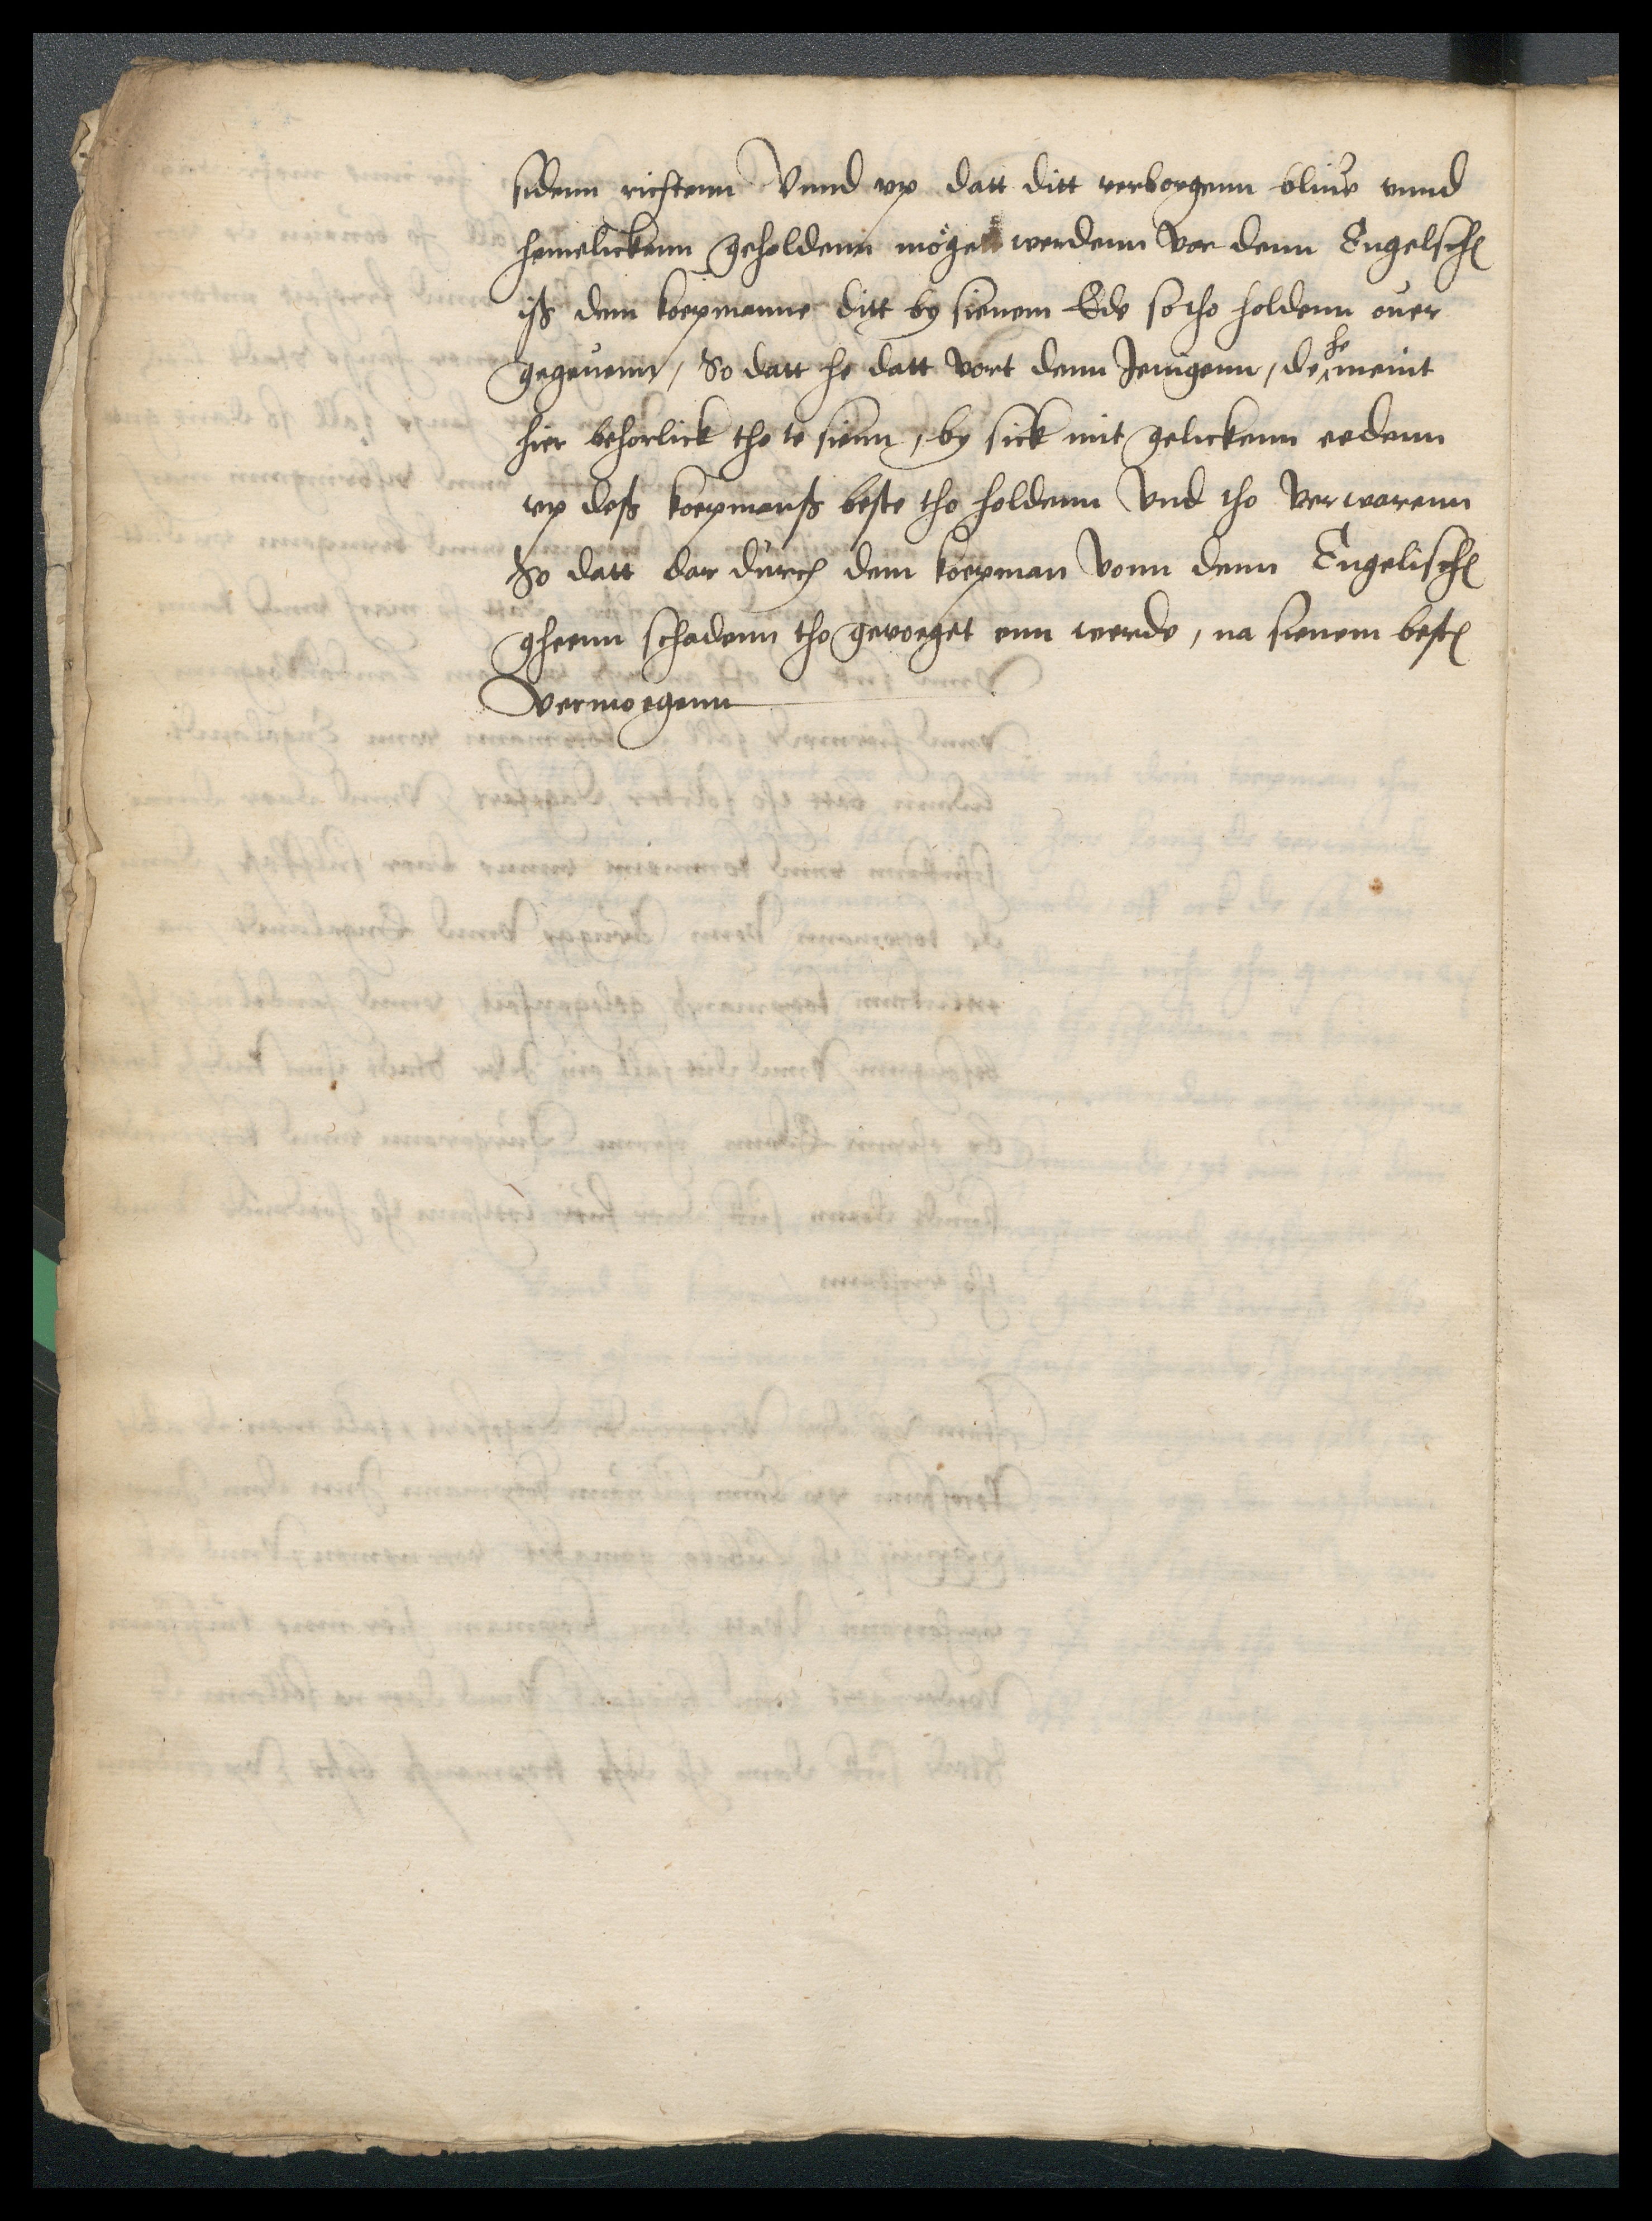
sidenn richtenn Vnnd vp datt ditt verborgenn bliue vnnd
hemelickenn geholdenn möge werdenn vor denn Engelschen
iß dem koepmanne ditt by sienem Ede so tho holdenn ouer
gegeuenn, So datt he datt vort denn Jenigenn, de he meint
hier behorlick tho te sienn, by sick mit gelickenn eedenn
vp deß koepmanß beste tho holdenn Vnd tho verwarenn
So datt dar durch dem koepman vonn denn Engelischen
gheenn schadenn tho gevoeget enn werde, na sienem besten
vermoegenn